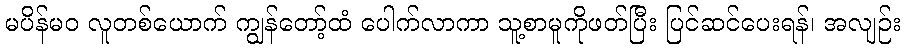
မပိန်မဝ လူတစ်ယောက် ကျွန်တော့်ထံ ပေါက်လာကာ သူ့စာမူကိုဖတ်ပြီး ပြင်ဆင်ပေးရန်၊ အလျဉ်း